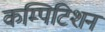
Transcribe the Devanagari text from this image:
कम्पिटिशन